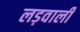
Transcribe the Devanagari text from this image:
लड़वाली